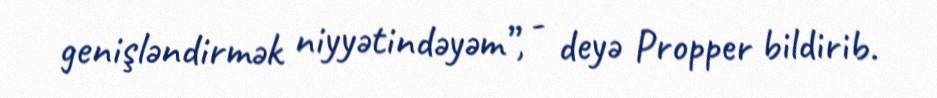
genişləndirmək niyyətindəyəm”, - deyə Propper bildirib.